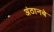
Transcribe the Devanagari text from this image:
अंठानबे